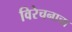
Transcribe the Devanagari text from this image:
विरेचनाचा